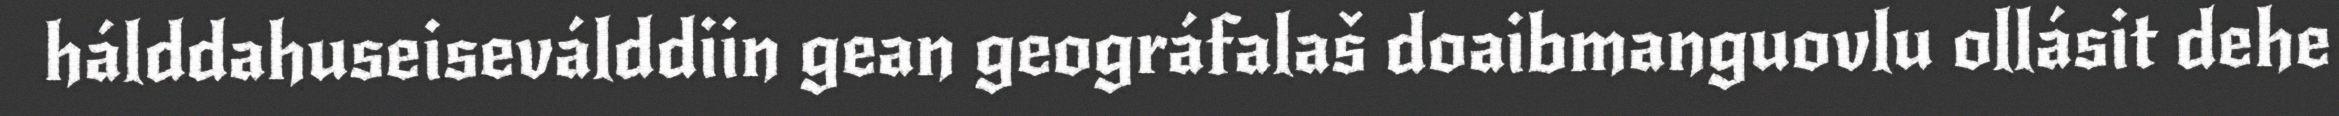
hálddahuseiseválddiin gean geográfalaš doaibmanguovlu ollásit dehe